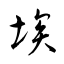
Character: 埃